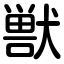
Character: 獣